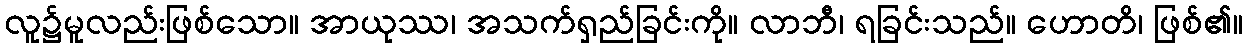
လူ၌မူလည်းဖြစ်သော။ အာယုဿ၊ အသက်ရှည်ခြင်းကို။ လာဘီ၊ ရခြင်းသည်။ ဟောတိ၊ ဖြစ်၏။